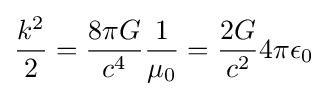
{\frac {k^{2}}{2}}={\frac {8\pi G}{c^{4}}}{\frac {1}{\mu _{0}}}={\frac {2G}{c^{2}}}4\pi \epsilon _{0}